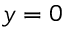
y = 0